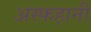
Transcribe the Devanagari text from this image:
अस्फहानी